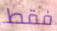
فقط